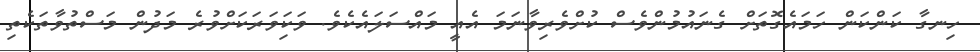
ހިނގާ ކަންކަން ހަމައެގޮތަށް ގެނައުމުންވެސް ކުށްވެރިވާނަމަ އެއީ މައްސަލައެކެވެ. ވަކަިވަރަކަށްވުރެ މަދުން މަސްތުވާތަކެތި